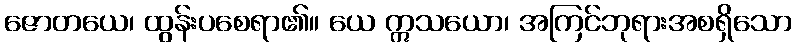
ဇောတယေ၊ ထွန်းပစေရာ၏။ ယေ ဣသယော၊ အကြင်ဘုရားအစရှိသော